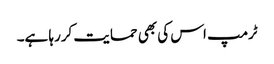
ٹرمپ اس کی بھی حمایت کررہا ہے۔